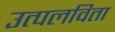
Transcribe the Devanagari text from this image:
उत्पलविता